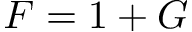
F = 1 + G